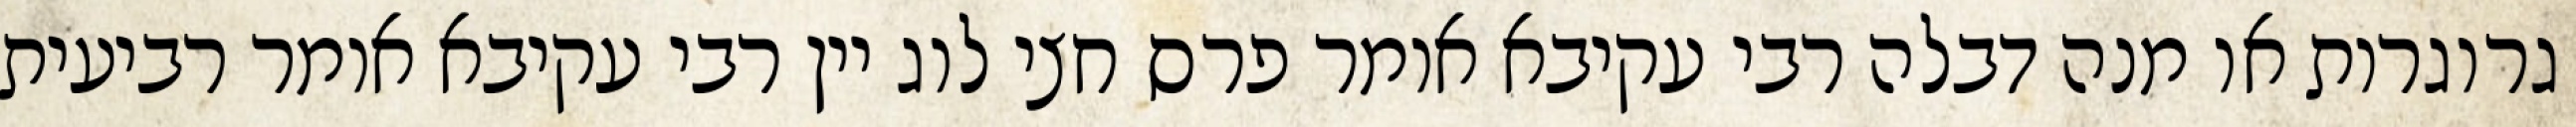
גרוגרות או מנה דבלה רבי עקיבא אומר פרס חצי לוג יין רבי עקיבא אומר רביעית